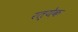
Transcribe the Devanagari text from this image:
रत्येक